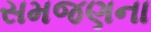
સમજણના